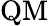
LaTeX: \mathrm{QM}